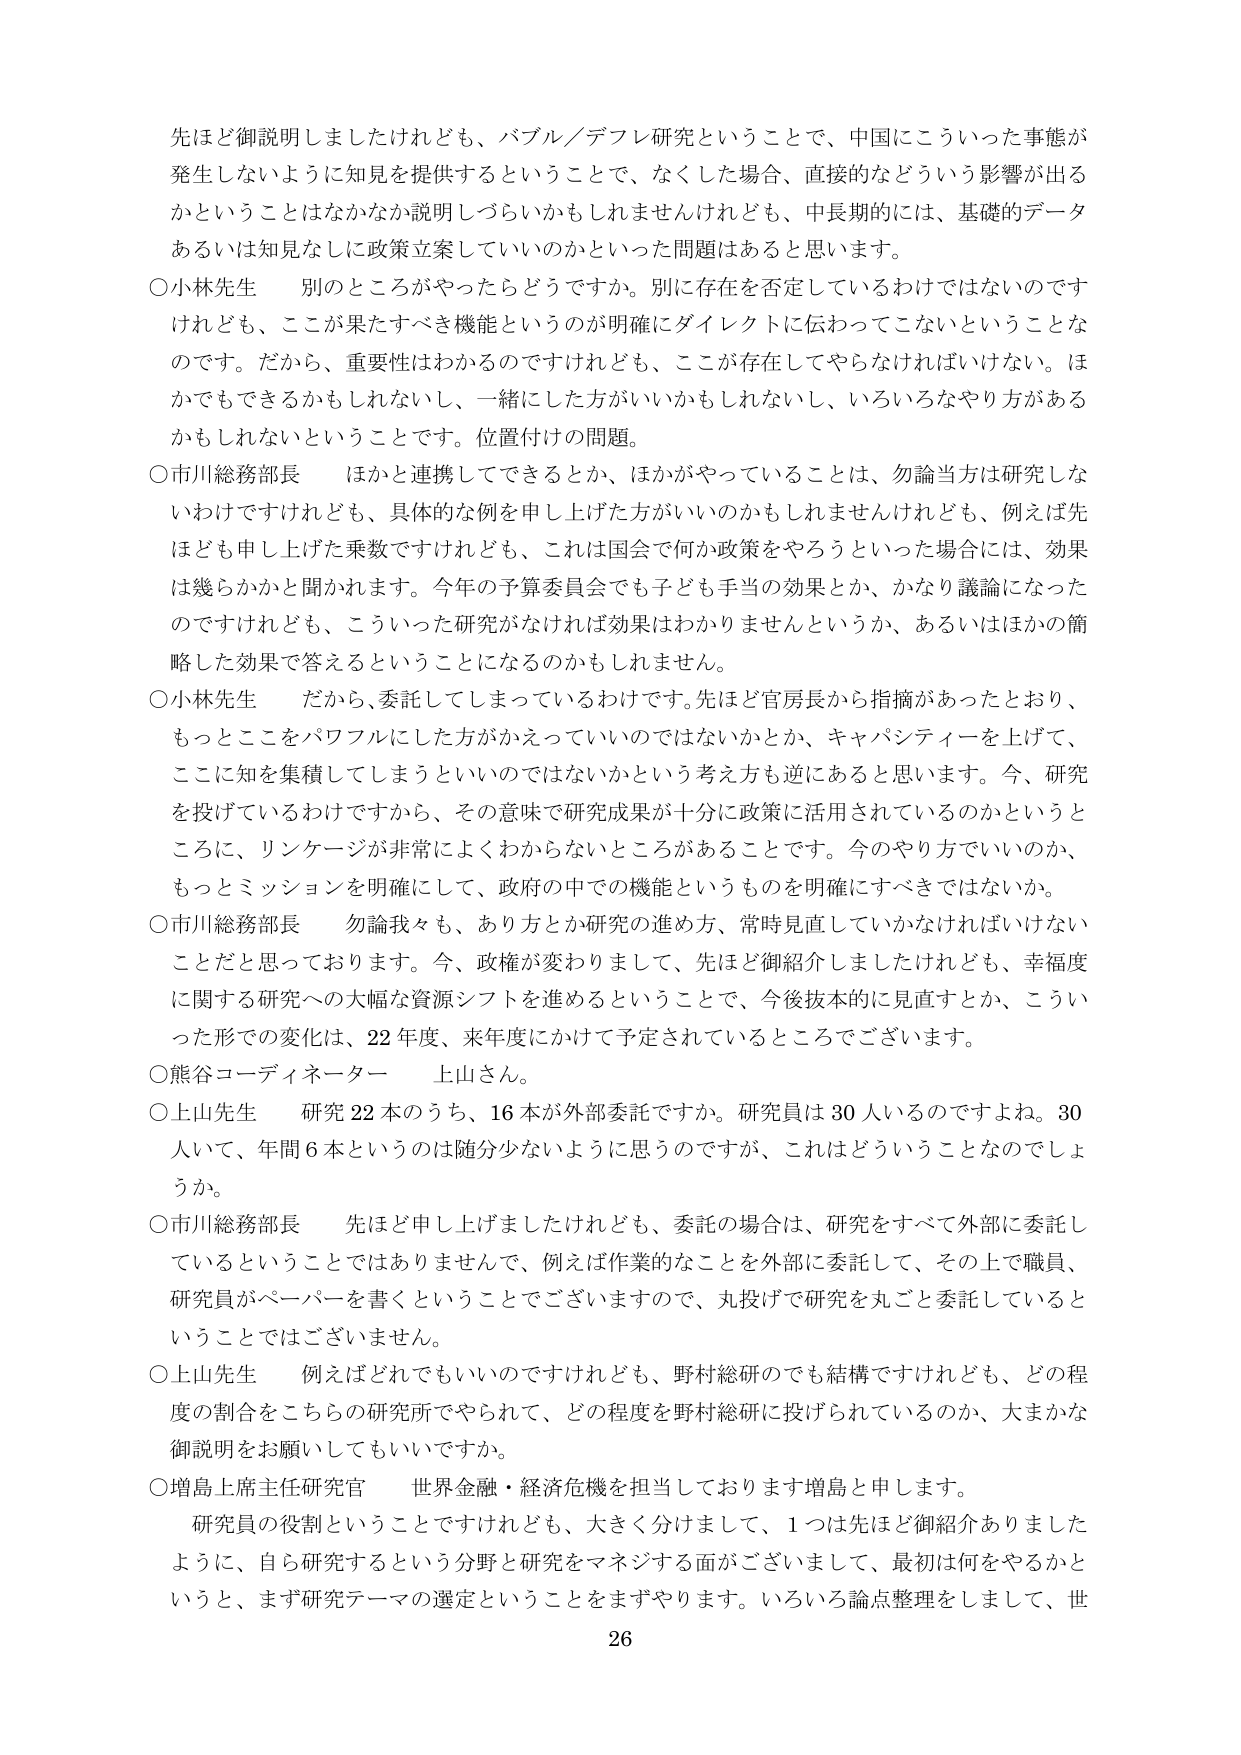
先ほど御説明しましたけれども、バブル／デフレ研究ということで、中国にこういった事態が発生しないように知見を提供するということで、なくした場合、直接的などういう影響が出るかということはなかなか説明しづらいかもしれませんが、中長期的には、基礎的データあるいは知見なしに政策立案していいのかといった問題はあると思います。

○小林先生　別のところがやったらどうですか。別に存在を否定しているわけではないのですけれども、ここが果たすべき機能というのが明確にダイレクトに伝わってこないということなのです。だから、重要性はわかるのですけれども、ここが存在してやらなければいけない。ほかでもできるかもしれないし、一緒にした方がいいかもしれないし、いろいろなやり方があるかもしれないということです。位置付けの問題。

○市川総務部長　ほかと連携してできるとか、ほかがやっていることは、勿論当方は研究しないわけですけれども、具体的な例を申し上げた方がいいのかもしれませんけれども、例えば先ほども申し上げた乗数ですけれども、これは国会で何か政策をやろうといった場合には、効果は幾らかかと聞かれます。今年の予算委員会でも子ども手当の効果とか、かなり議論になったのですけれども、こういった研究がなければ効果はわかりませんというか、あるいはほかの簡略した効果で答えるということになるのかもしれません。

○小林先生　だから、委託してしまっているわけです。先ほど官房長から指摘があったとおり、もっとここをパワフルにした方がかえっていいのではないかとか、キャパシティーよを上げて、ここに知を集積してしまうといいのではないのかという考え方も逆にあると思います。今、研究を投げているわけですから、その意味で研究成果が十分に政策に活用されているのかというところに、リンケージが非常によくわからないところがあることです。今のやり方でいいのか、もっとミッションを明確にして、政府の中での機能というものを明確にすべきではないか。

○市川総務部長　勿論我々も、あり方とか研究の進め方、常時見直していかなければならないことだと思っております。今、政権が変わりまして、先ほど御紹介しましたけれども、幸福度に関する研究への大幅な資源シフトを進めるということで、今後抜本的に見直すとか、こういった形での変化は、22年度、来年度にかけて予定されているところでございます。

○熊谷コーディネーター　上山さん。

○上山先生　研究22本のうち、16本が外部委託ですか。研究員は30人いるのですよね。30人いて、年間6本というのは随分少ないように思うのですが、これはどういうことなのでしょうか。

○市川総務部長　先ほど申し上げましたけれども、委託の場合は、研究をすべて外部に委託しているということではありませんで、例えば作業的なことを外部に委託して、その上で職員、研究員がペーパーを書くということでございますので、丸投げで研究を丸ごと委託しているということではございません。

○上山先生　例えばどれでもいいのですけれども、野村総研のでも結構ですけれども、どの程度の割合をこちらの研究所でやられて、どの程度を野村総研に投げられているのか、大まかな御説明をお願いしてもいいですか。

○増島上席主任研究官　世界金融・経済危機を担当しております増島と申します。研究員の役割ということですけれども、大きく分けまして、1つは先ほど御紹介ありましたように、自ら研究するという分野と研究をマネジする面がございまして、最初は何をやるかというと、まず研究テーマの選定ということをまずやります。いろいろ論点整理をしまして、世

26